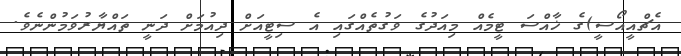
އެޗްއީއޯސީ)ގެ ޚާއްސަ ޓީމެއް މިއަދުގެ ވަގުތެއްގައި އެ ސިޓީއަށް ދިއުމަށް ދަނީ ތައްޔާރުވަމުންނެވެ.